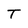
Character: T